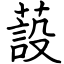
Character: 蔎